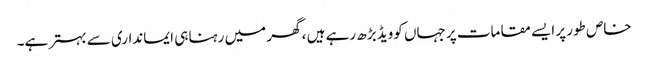
خاص طور پر ایسے مقامات پر جہاں کوویڈ بڑھ رہے ہیں ، گھر میں رہنا ہی ایمانداری سے بہتر ہے۔